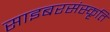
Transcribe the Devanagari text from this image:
साइबरसंस्कृति